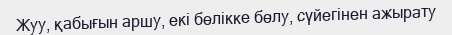
Жуу, қабығын аршу, екі бөлікке бөлу, сүйегінен ажырату